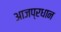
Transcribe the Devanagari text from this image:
आजप्रधान